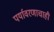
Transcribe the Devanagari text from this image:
पर्यावरणाचाही